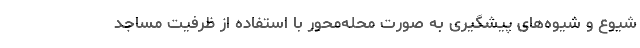
شیوع و شیوه‌های پیشگیری به صورت محله‌محور با استفاده از ظرفیت مساجد